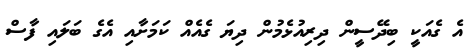
އެ ގެއަކީ ބިދޭސީން ދިރިއުޅެމުން ދިޔަ ގެއެއް ކަމަށާއި އެގެ ބަލައި ފާސް